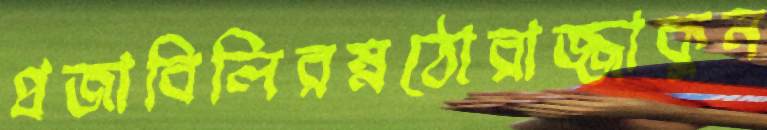
প্রজাবিলিরম্নঠোরাজ্জাকুন